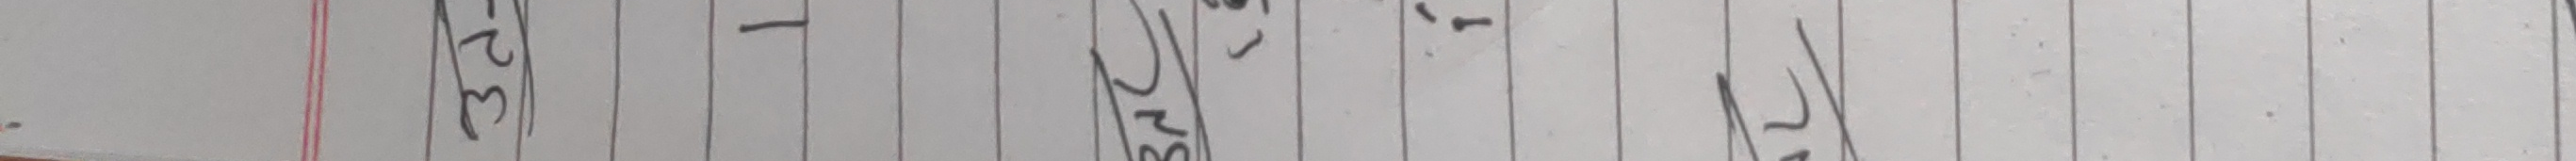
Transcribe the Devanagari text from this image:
३२ - अंस , - १२)